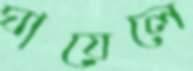
ঘায়েলে